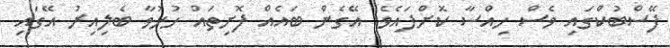
ފޭސްބުކްގައި ވެސް ހިއްސާ ކޮށްފައެވެ. އޭގެން ބައެއް ފޮށިތައް ހުޅުވާ ބެލިއިރު އޭގައި